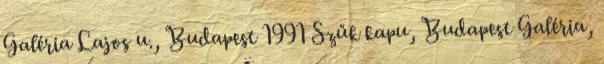
Galéria Lajos u., Budapest 1991 Szűk kapu, Budapest Galéria,